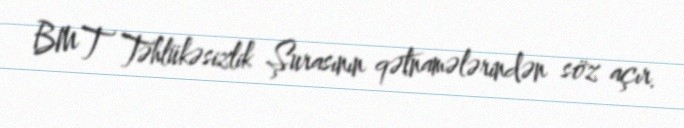
BMT Təhlükəsizlik Şurasının qətnamələrindən söz açır.